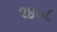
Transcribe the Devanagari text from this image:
९४०८